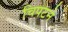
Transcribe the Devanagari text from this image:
चिपटने